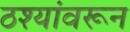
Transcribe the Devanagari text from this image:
ठश्यांवरून